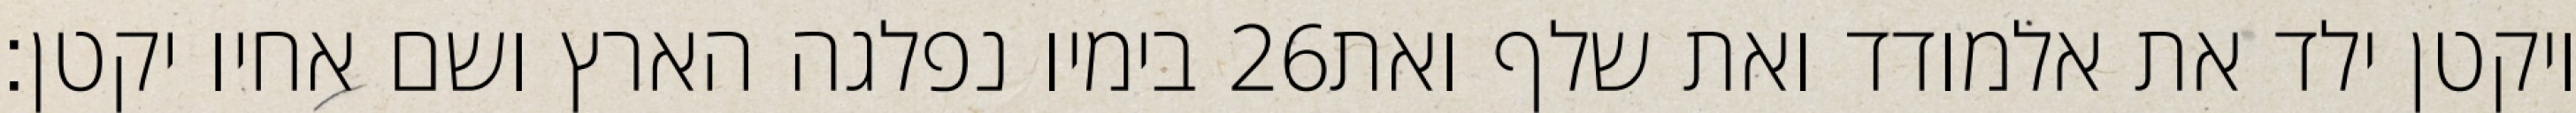
בימיו נפלגה הארץ ושם אחיו יקטן׃ ‎26‏ ויקטן ילד את אלמודד ואת שלף ואת